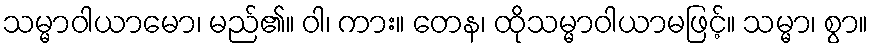
သမ္မာဝါယာမော၊ မည်၏။ ဝါ၊ ကား။ တေန၊ ထိုသမ္မာဝါယာမဖြင့်။ သမ္မာ၊ စွာ။